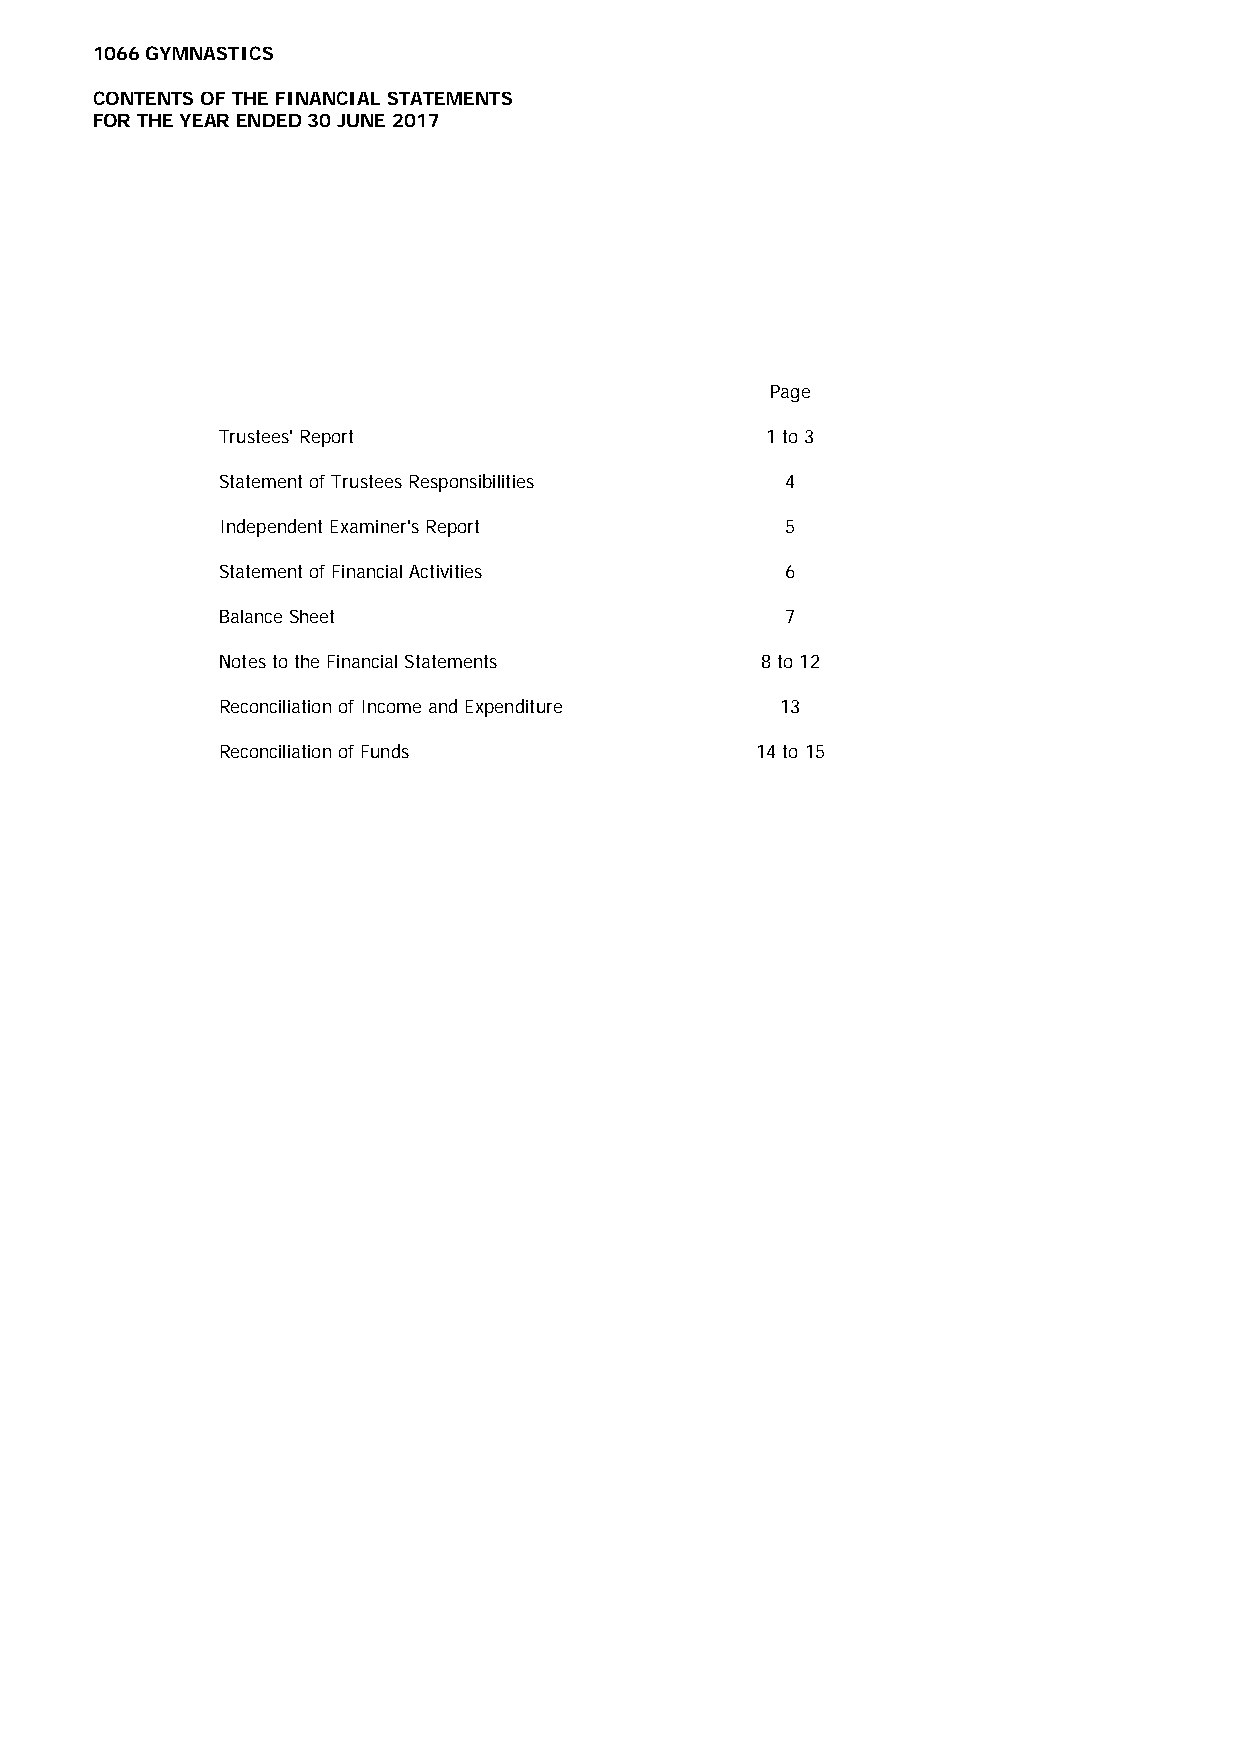
1066 GYMNASTICS
 CONTENTS OF THE FINANCIAL STATEMENTS
 FOR THE YEAR ENDED 30 JUNE 2017
 Page
 Trustees' Report                     1 to 3
 Statement of Trustees Responsibilities 4
 Independent Examiner's Report         5
 Statement of Financial Activities     6
 Balance Sheet                         7
 Notes to the Financial Statements   8 to 12
 Reconciliation of Income and Expenditure 13
 Reconciliation of Funds             14 to 15